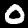
Label: 0